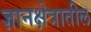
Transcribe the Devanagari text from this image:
ज्ञानक्षेत्रातील